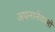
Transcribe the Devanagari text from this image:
अपनानेवालों